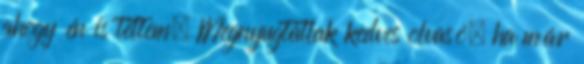
ahogy én is tettem. Megnyugtatlak kedves olvasó, ha már